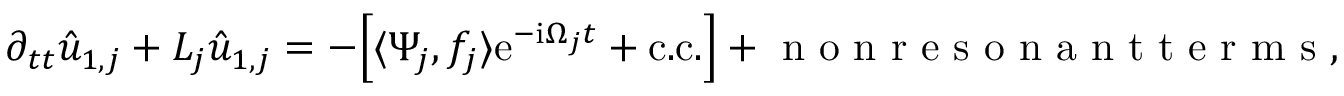
\partial _ { t t } \hat { u } _ { 1 , j } + L _ { j } \hat { u } _ { 1 , j } = - \Big [ \langle \Psi _ { j } , f _ { j } \rangle \mathrm { e } ^ { - \mathrm { i } \Omega _ { j } t } + \mathrm { c . c . } \Big ] + \mathrm { ~ n ~ o ~ n ~ r ~ e ~ s ~ o ~ n ~ a ~ n ~ t ~ t ~ e ~ r ~ m ~ s ~ } ,